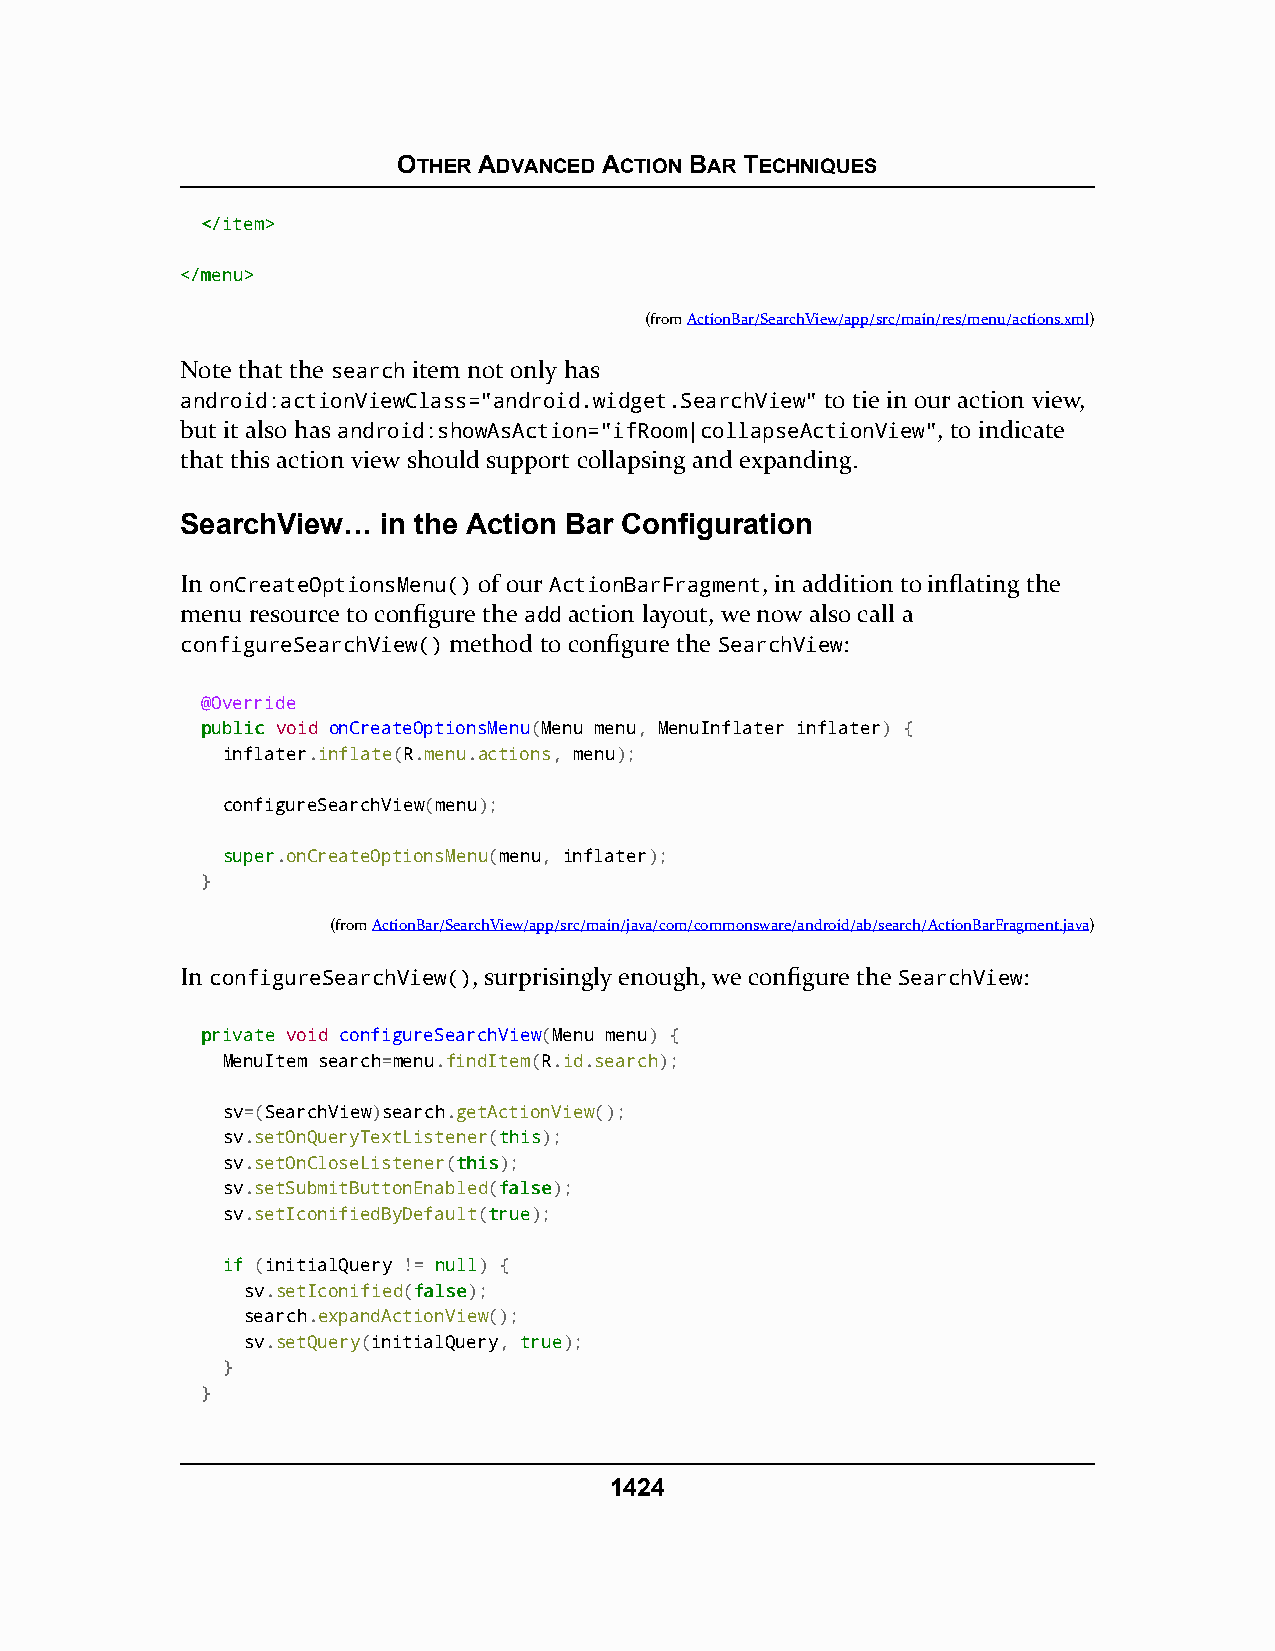
OTHER ADVANCED ACTION BAR TECHNIQUES
 <<//iitteemm>>
 <<//mmeennuu>>
 (fromActionBar/SearchView/app/src/main/res/menu/actions.xml)
 Note that the search item not only has
 android:actionViewClass="android.widget.SearchView" to tie in our action view,
 but it also has android:showAsAction="ifRoom|collapseActionView", to indicate
 that this action view should support collapsing and expanding.
 SearchView…  in the Action Bar Configuration
 In onCreateOptionsMenu() of our ActionBarFragment, in addition to inflating the
 menu resource to configure the add action layout, we now also call a
 configureSearchView() method to configure the SearchView:
 @Override
 ppuubblliicc void onCreateOptionsMenu(Menu menu, MenuInflater inflater) {
 inflater.inflate(R.menu.actions, menu);
 configureSearchView(menu);
 ssuuppeerr.onCreateOptionsMenu(menu, inflater);
 }
 (fromActionBar/SearchView/app/src/main/java/com/commonsware/android/ab/search/ActionBarFragment.java)
 In configureSearchView(), surprisingly enough, we configure the SearchView:
 pprriivvaattee void configureSearchView(Menu menu) {
 MenuItem search=menu.findItem(R.id.search);
 sv=(SearchView)search.getActionView();
 sv.setOnQueryTextListener(tthhiiss);
 sv.setOnCloseListener(tthhiiss);
 sv.setSubmitButtonEnabled(ffaallssee);
 sv.setIconifiedByDefault(ttrruuee);
 iiff (initialQuery != nnuullll) {
 sv.setIconified(ffaallssee);
 search.expandActionView();
 sv.setQuery(initialQuery, ttrruuee);
 }
 }
 1424